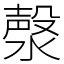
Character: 漀